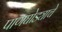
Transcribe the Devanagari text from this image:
पाणघोड्याचे